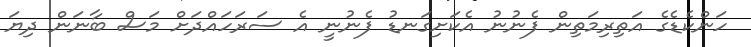
ހަންކެޑެގެ އަތިރިމަތިން ފެނުނު އެކަށިގަނޑު ފެނުނީ އެ ސަރަހައްދަށް މަސް ބާނަން ދިޔަ